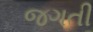
જગતી